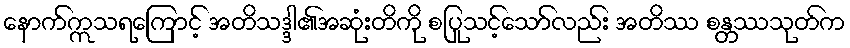
နောက်ဣသရကြောင့် အတိသဒ္ဒါ၏အဆုံးတိကို စပြုသင့်သော်လည်း အတိဿ စန္တဿသုတ်က